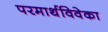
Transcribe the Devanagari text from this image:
परमार्थविवेका